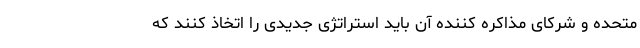
متحده و شرکای مذاکره کننده آن باید استراتژی جدیدی را اتخاذ کنند که